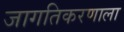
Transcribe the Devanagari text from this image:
जागतिकरणाला